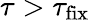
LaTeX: \tau>\tau_{\mathrm{fix}}